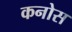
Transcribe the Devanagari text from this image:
कनोस